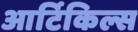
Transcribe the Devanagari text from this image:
आर्टिकिल्स